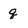
Character: q